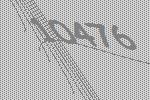
10476